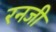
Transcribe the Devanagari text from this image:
रनजी